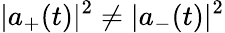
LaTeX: |a_{+}(t)|^{2}\neq|a_{-}(t)|^{2}